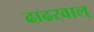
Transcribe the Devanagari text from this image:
ढाढरवाल्